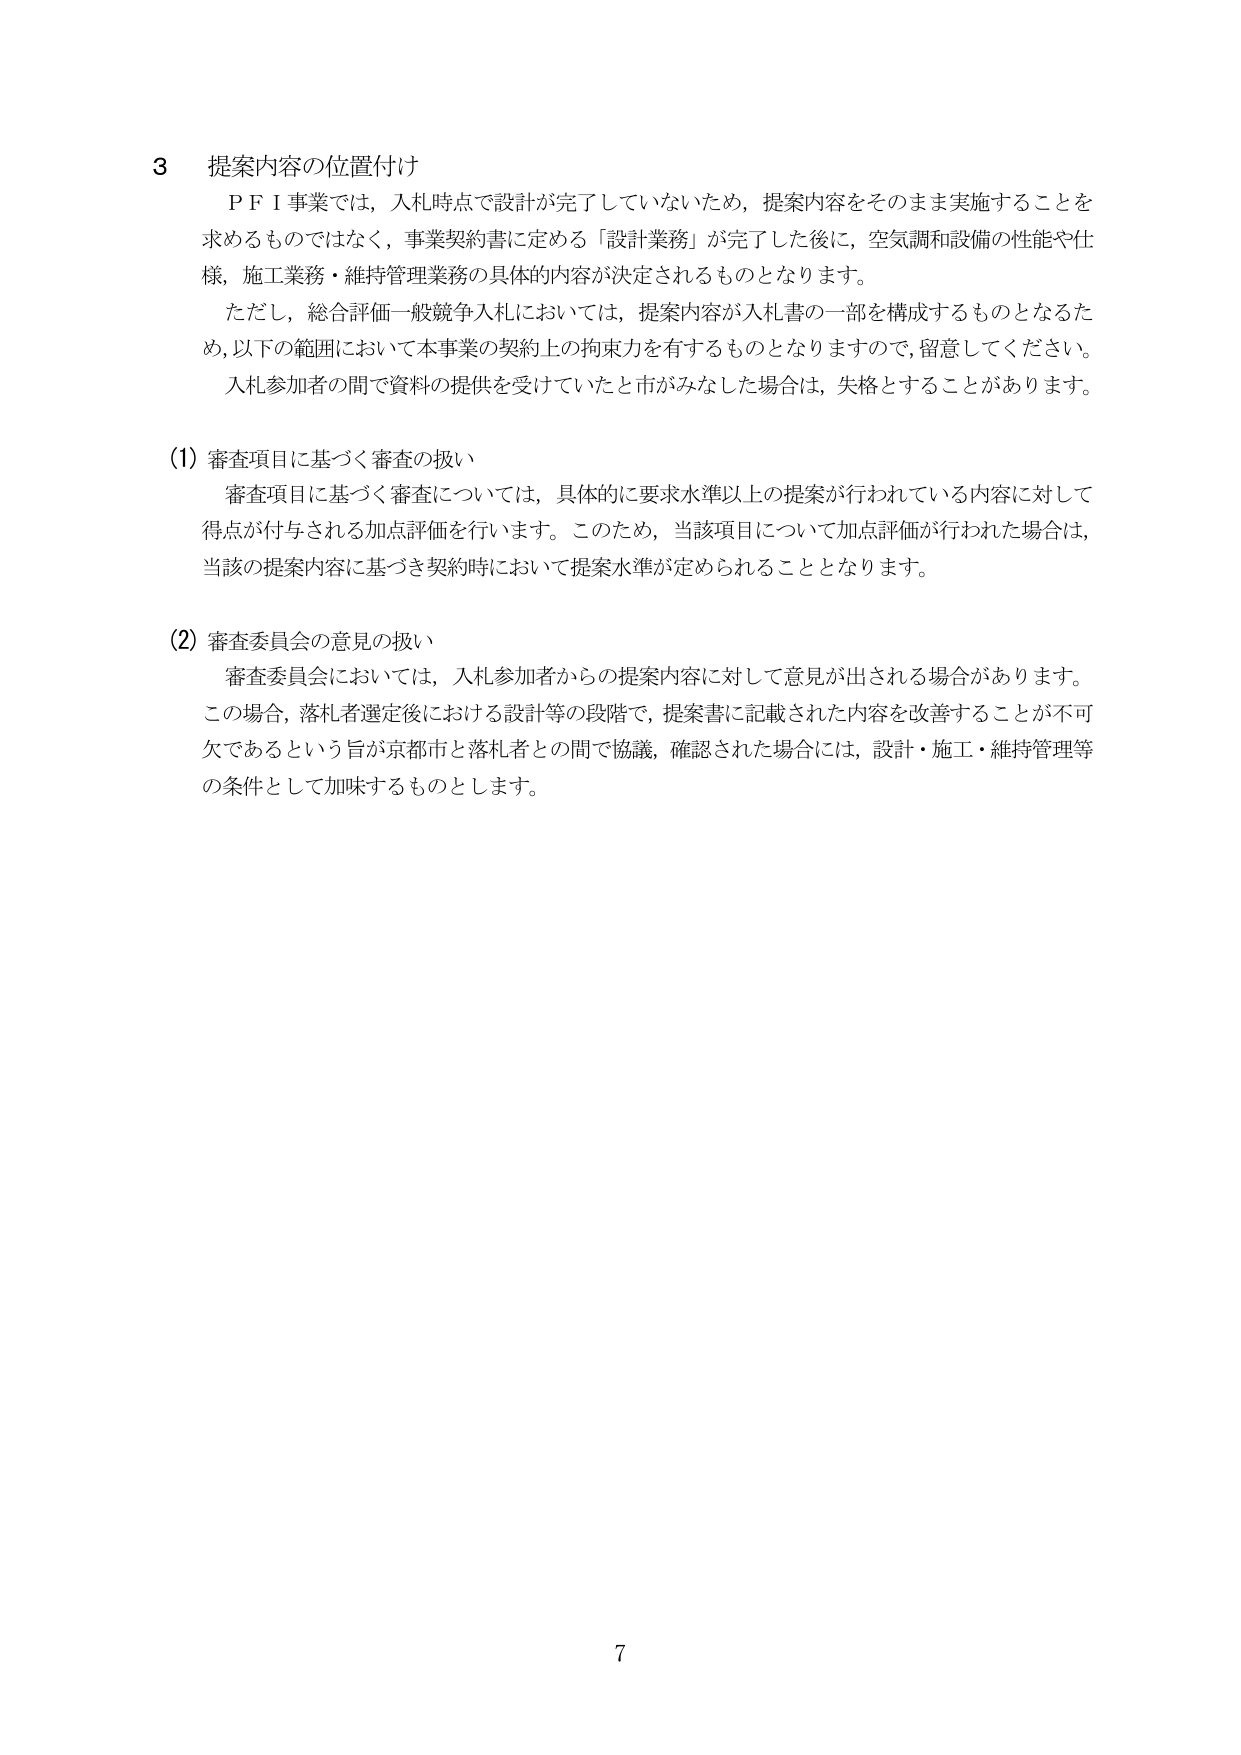
3 提案内容の位置付け
ＰＦＩ事業では，入札時点で設計が完了していないため，提案内容をそのまま実施することを求めるものではなく，事業契約書に定める「設計業務」が完了した後に，空気調和設備の性能や仕様，施工業務・維持管理業務の具体的内容が決定されるものとなります。
ただし，総合評価一般競争入札においては，提案内容が入札書の一部を構成するものとなるため，以下の範囲において本事業の契約上の拘束力を有するものとなりますので，留意してください。
入札参加者の間で資料の提供を受けていたと市がみなした場合は，失格することがあります。

(1) 審査項目に基づく審査の扱い
審査項目に基づく審査については，具体的に要求水準以上の提案が行われている内容に対して得点が付与される加点評価を行います。このため，当該項目について加点評価が行われた場合は，当該の提案内容に基づき契約時において提案水準が定められることとなります。

(2) 審査委員会の意見の扱い
審査委員会においては，入札参加者からの提案内容に対して意見が出される場合があります。この場合，落札者選定後における設計等の段階で，提案書に記載された内容を改善することが不可欠であるという旨が京都市と落札者との間で協議，確認された場合には，設計・施工・維持管理等の条件として加味するものとします。

7